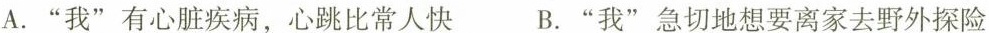
A.”我”有心脏疾病，心跳比常人快 B.”我”急切地想要离家去野外探险